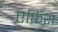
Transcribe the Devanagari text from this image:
एफ़िरा